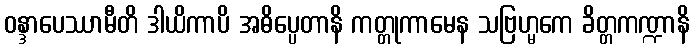
ဝန္ဒာပေဿာမီတိ ဒါယိကာပိ အဓိပ္ပေတာနိ ကတ္တုကာမေန သဗြဟ္မကေ ခိတ္တကဏ္ဍာနိ